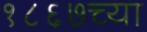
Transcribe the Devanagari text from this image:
१८६७च्या